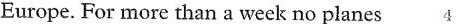
Europe. For more than a week no planes 4